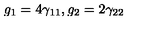
g _ { 1 } = 4 \gamma _ { 1 1 } , g _ { 2 } = 2 \gamma _ { 2 2 }